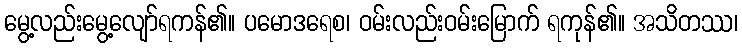
မွေ့လည်းမွေ့လျော်ရကန်၏။ ပမောဒရေစ၊ ဝမ်းလည်းဝမ်းမြောက် ရကုန်၏။ အသိတဿ၊